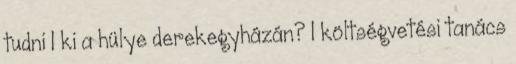
tudni 1 ki a hülye derekegyházán? 1 költségvetési tanács